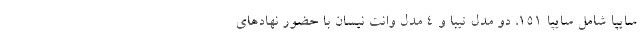
سایپا شامل سايپا ۱۵۱، دو مدل تيبا و ۴ مدل وانت نیسان با حضور نهادهای